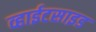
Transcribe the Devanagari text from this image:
व्हाईटसाइड